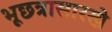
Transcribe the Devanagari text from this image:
भूछत्रासारखे